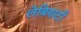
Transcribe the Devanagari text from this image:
लेबियाटी